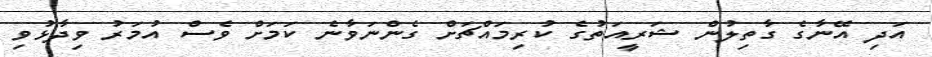
އަދި އޭނާގެ ގާތިލުން ޝަރީއަތުގެ ކުރިމައްޗަށް ގެންނަވާނެ ކަމަށް ވެސް އުމަރު ވިދާޅުވި